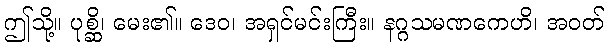
ဤသို့။ ပုစ္ဆိ၊ မေး၏။ ဒေဝ၊ အရှင်မင်းကြီး။ နဂ္ဂသမဏကေဟိ၊ အဝတ်